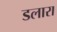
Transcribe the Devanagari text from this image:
डलारा